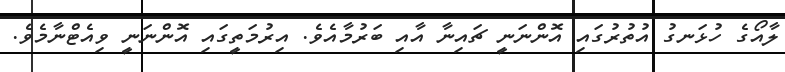
ލާއޯގެ ހުޅަނގު އުތުރުގައި އޮންނަނީ ޗައިނާ އާއި ބަރުމާއެވެ. އިރުމަތީގައި އޮންނަނީ ވިއެޓްނާމެވެ.